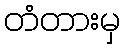
တံတားမှ